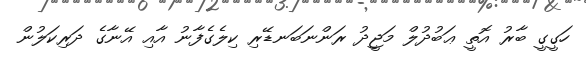
ހަގީގީ ބާރު އޮތީ ޢަބުދުލް މަޖީދު ރަންނަބަނޑޭރި ކިލެގެފާނު އާއި އޭނާގެ ދަރިކަލުން